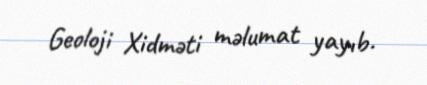
Geoloji Xidməti məlumat yayıb.